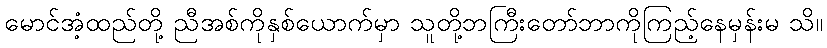
မောင်အံ့ထည်တို့ ညီအစ်ကိုနှစ်ယောက်မှာ သူတို့ဘကြီးတော်ဘာကိုကြည့်နေမှန်းမ သိ။